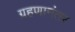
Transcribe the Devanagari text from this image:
ग्रहणानंतर